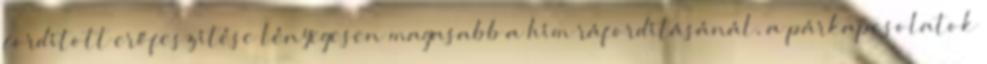
fordított erőfeszítése lényegesen magasabb a hím ráfordításánál, a párkapcsolatok